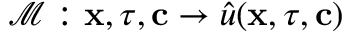
\mathcal { M } : \mathbf { x } , \tau , \mathbf { c } \to \hat { u } ( \mathbf { x } , \tau , \mathbf { c } )